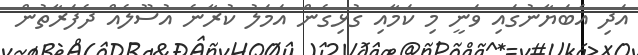
އަދި އެބަޔާނުގައި ވަނީ މި ކަމާއި ގުޅިގެން އަމަލު ކުރާނެ އުސޫލެއް ދެފަރާތުން